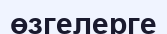
өзгелерге